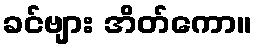
ခင်ဗျား အိတ်ကော။